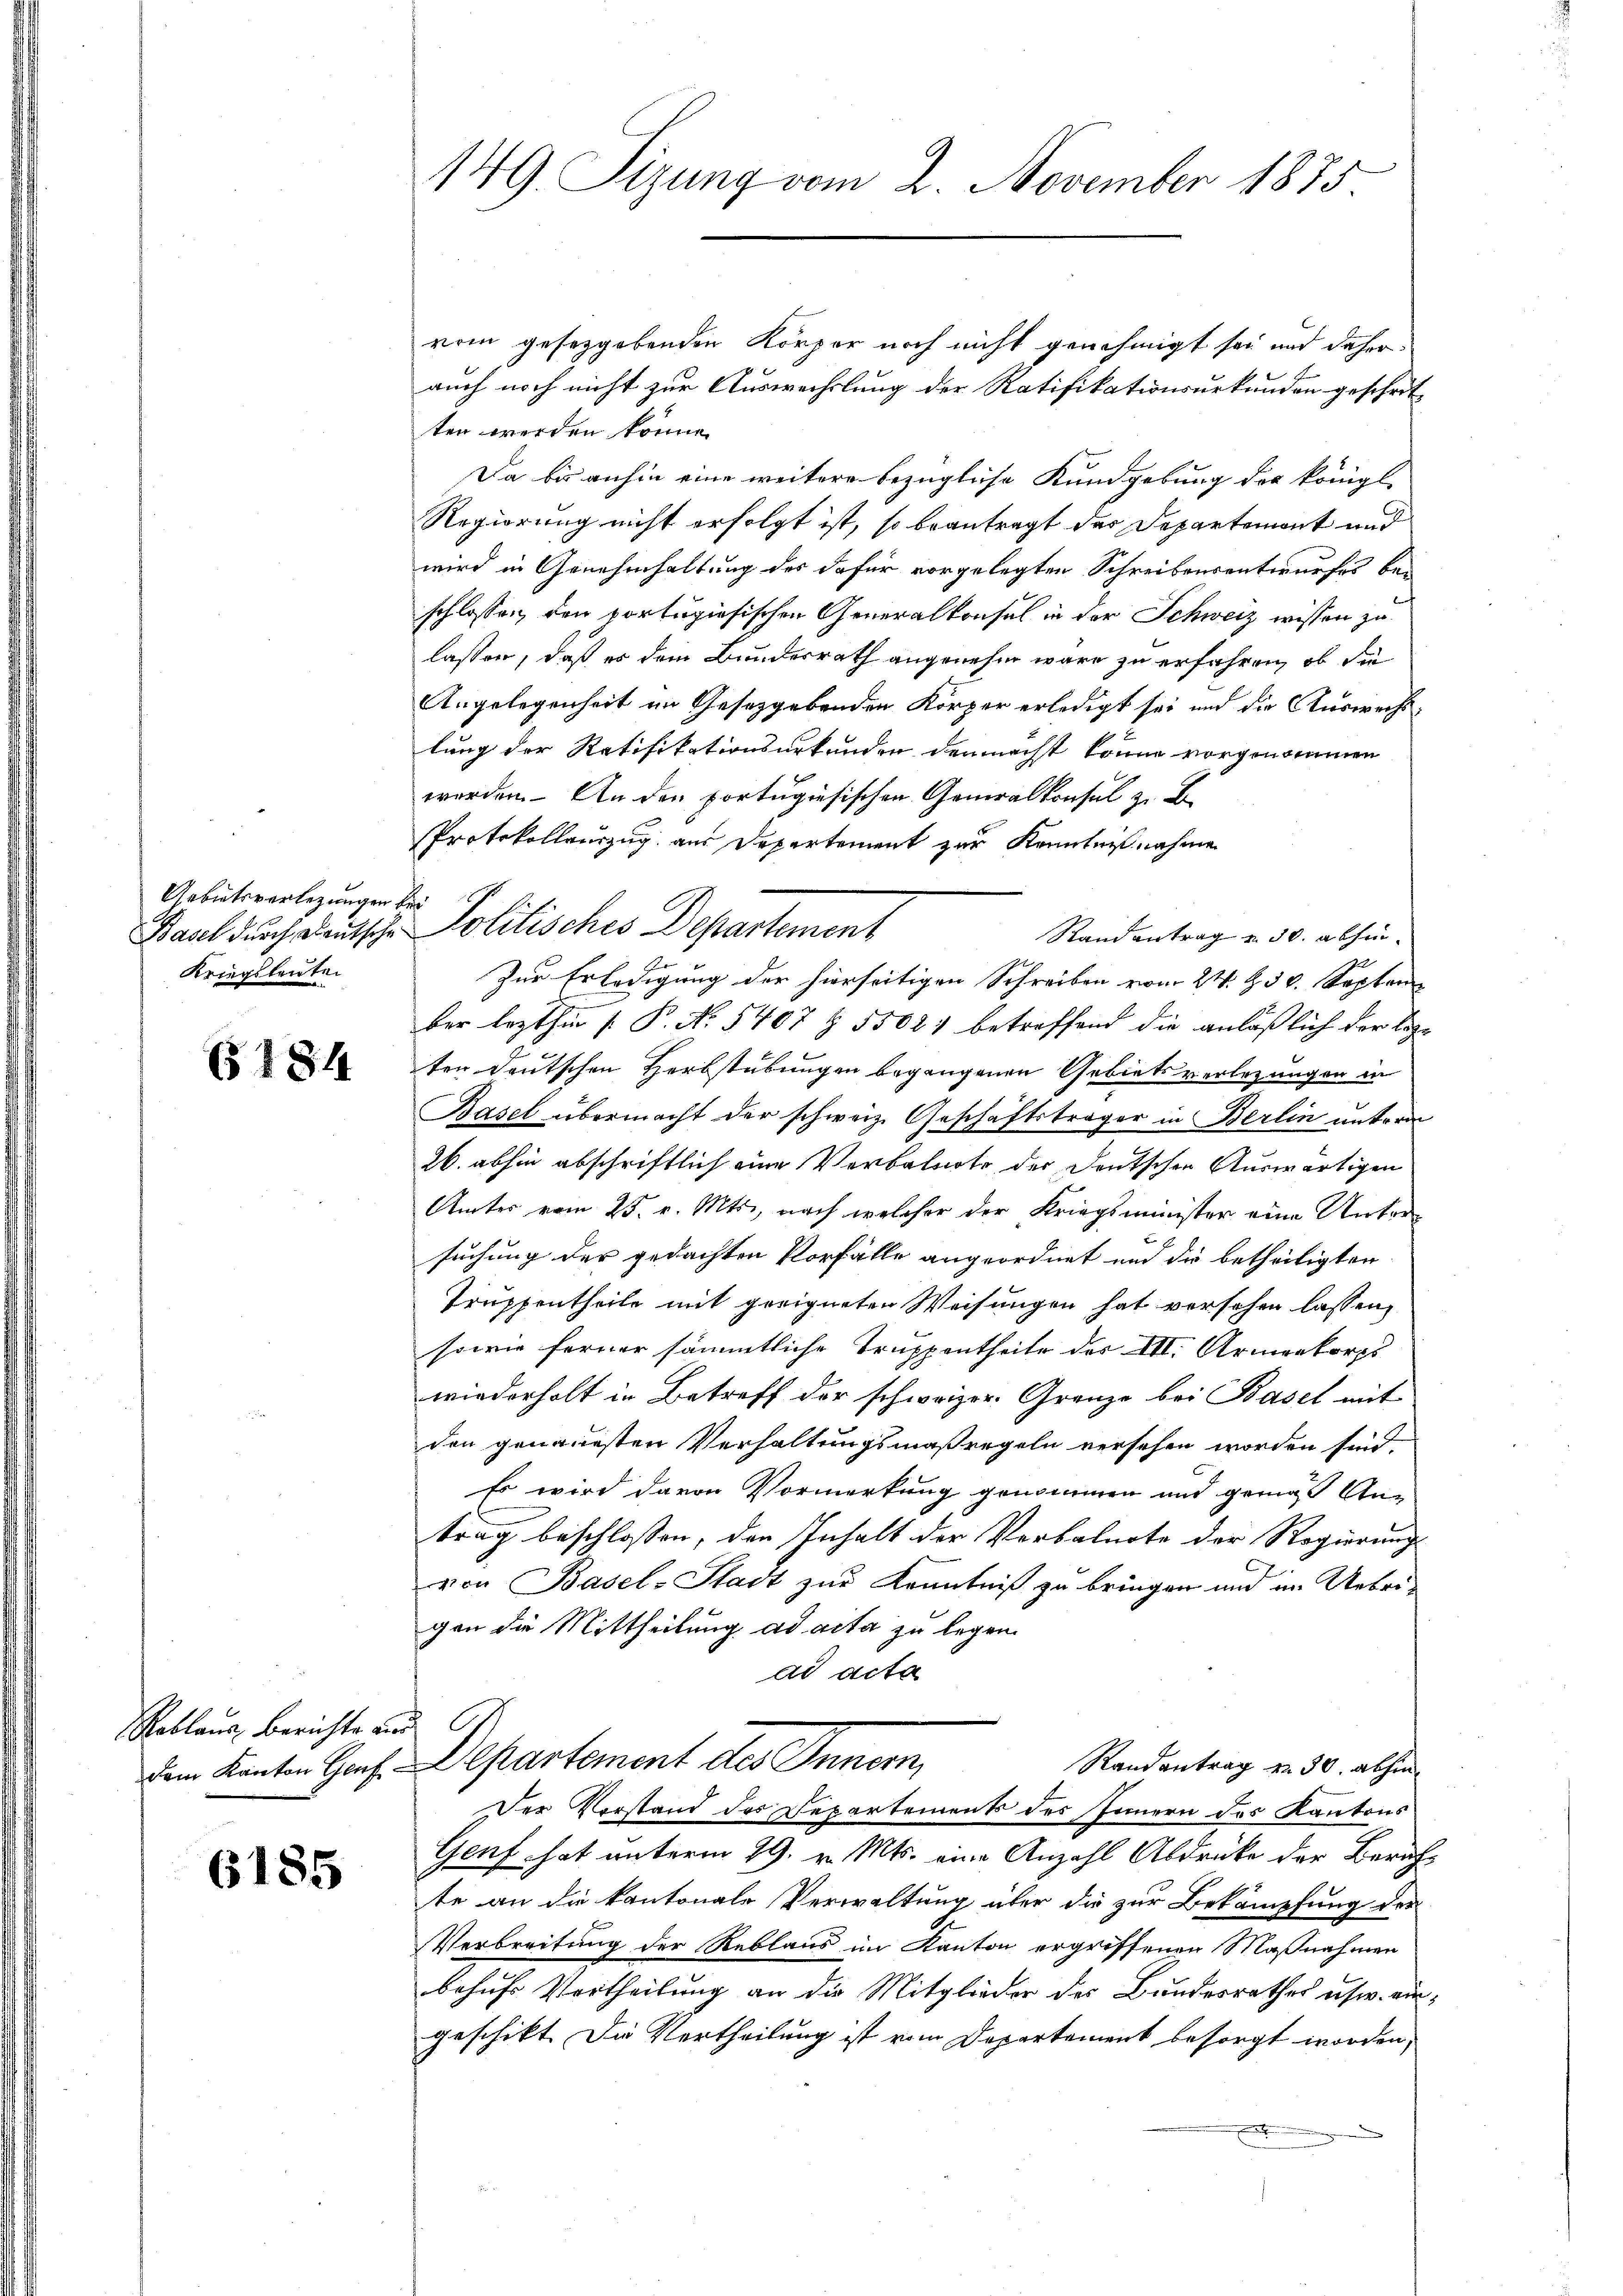
Gebietsverlegungen bei
Kriegsleute.

6184

Reblaus Berichte zur

6185

149 Sizung vom 2. November 1875

vom gesetzgebenden Körper noch nicht genehmigt sei und daher
auch noch nicht zur Auswechslung der Ratifikationsurkunden geschritten werden könne.
Da bis anhin eine weitere bezügliche Kundgebung der königl.
Regierung nicht erfolgt ist, so beantragt der Departemont und
wird in Genehmhaltung des dafür vorgelegten Schreibensentwurfes bei
schlossen den portugisischen Generalkonsul in der Schweiz wissen zu
lassen, daß es dem Bundesrath angenehm wäre zu erfahren, ob die
Angelegenheit im Gesetzgebenden Körper erledigt sei und die Auswechslung der Ratifikationsurkunden demnächst könne vorgenommen
werden. – An der portugisischen Generalkonsul zu B
Protokollauszug aus Departement zur Kenntnißnahmen
Stand antrag u. 50. abhin
Zur Erledigung der hierseitigen Schreiben vom 24. Z. 56. Septem
ber lezthin 1. P. Nr. 5407 § 5502) betreffend die anläßlich der lezten Deutschen Herbstübungen begangenen Gebietsverlegungen in
Basel übermacht der schweiz. Geschäftsträger in Berlin unterm
26. abhin abschriftlich eine Verbalnote der Deutschen Auswärtigen
Ämter vom 25. v. Mts., nach welcher der Kriegsminister eine Untersuchung der gedachten Vorfalle angeordnet und die betheiligten
Truppentheile mit geeigneten Weisungen hat vorsehen lassen,
sowie ferner sämmtliche Truppentheile des III. Armeekorps
wiederholt in Betreff der schweizer. Grenze bei Basel mit
den genauesten Verhaltungsmaßregeln versehen worden sind.
Es wird davon Vormerkung genommen und genügt An-
trag beschlossen, den Inhalt der Verbalnote der Regierung
von Basel-Stadt zur Kenntniß zu bringen und im Uebrigen die Mittheilung ad acta zu legen.
ad acta
dem Kanton Genf. Departement des Innern,
Randantrag v. 30. abhin
Der Vorstand des Departements des Innern des Kantons
Genf hat unterm 29. v. Mts. eine Anzahl Abdrücke der Berate an die kantonale Verwaltung über die zur Bekämpfung der
Verbreitung der Reblaus im Kanton ergriffenen Maßnahmen
behufs Vortheilung an die Mitglieder des Bundesrathes usw. eingeschikt. Die Vertheilung ist vom Departement besorgt worden,
x

Basel durch Deutsche Politisches Departement